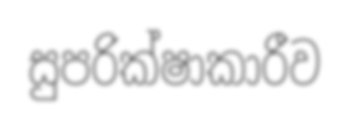
සුපරික්ෂාකාරීව